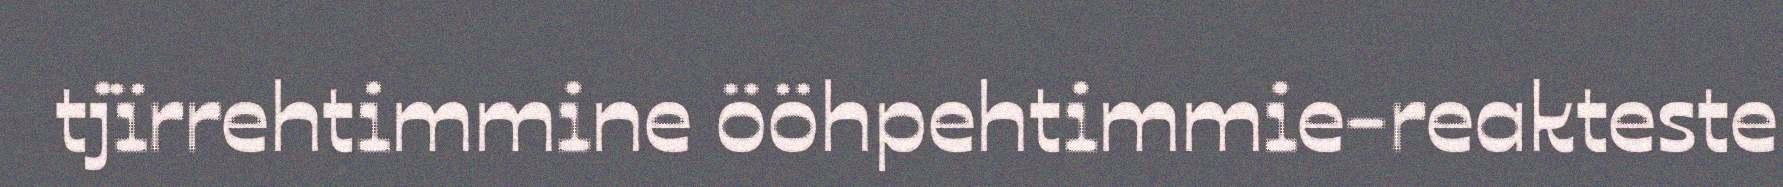
tjïrrehtimmine ööhpehtimmie-reakteste